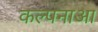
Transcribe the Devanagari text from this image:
कल्पनाआ